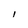
Character: l